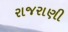
રાજરાણી